Statistical return of the lunatic asylum in Assam - 1912-1932
Year: 1912
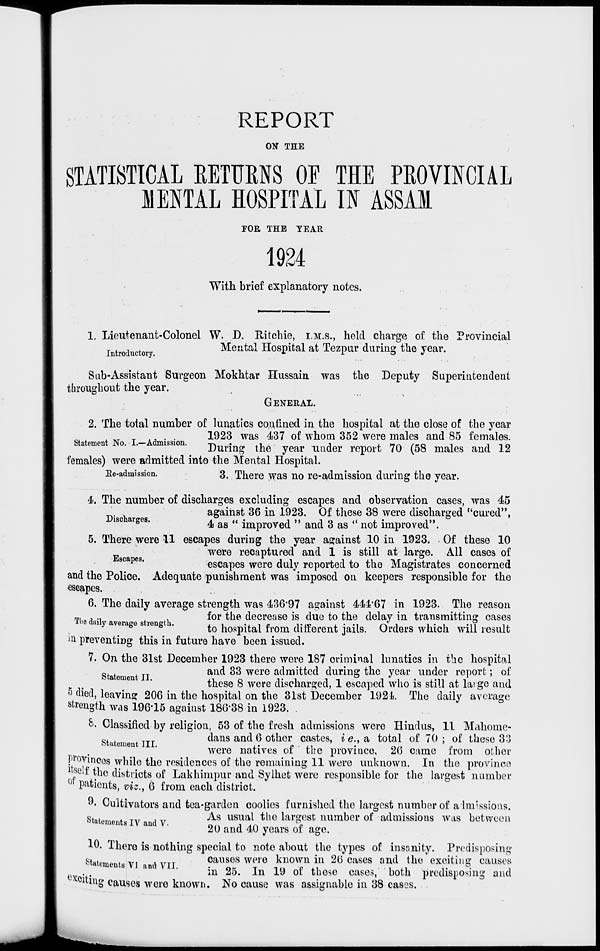
REPORT
ON THE
STATISTICAL KETURNS OF THE PROVINCIAL
1ENTAL HOSPITAL W ASSAM
FOR THE TEAR
1924
With brief explanatory notes.
1. Lieutenant-Colonel W. D. Eitchie, I.M.S., held charge of the Provincial
x . , t
Mental Hospital at Tezpur during the year.
Sub-Assistant Surgeon Mokhtar Hussain was the Deputy Superintendent
throughout the year.
GENERAL.
2. The total number of lunatics confined in the hospital at the close of the year
_ , . .
1923 was 437 of whom 352 were males and 85 females.
Statement No. L-Atosion. ^
p^..^ ^ ^ .^^ ^^ ?Q (fi8 maleg and ^
females) were admitted into the Mental Hospital.
Re-admission.
3, There was no re-admission during the year.
4. The number of discharges excluding escapes and observation cases, was 45
_
against 36 in 1923. Of these 38 were discharged ''cured",
Discharges.
^ ag „ improVed » ftnd 3 as «« not i m p r0 ved".
5. There were 11 escapes during the year against 10 in 1923. Of these 10
were recaptured and 1 is still at large. All cases of
scapes '
escapes were duly reported to the Magistrates concerned
and the Police. Adequate punishment was imposed on keepers responsible for the
escapes.
.
6. The daily average strength was 436*97 against 444*67 in 1923. The reason
T1)ed
for the decrease is due to the delay in transmitting cases
aiy average s rengt .
^o hospital from different jails. Orders which will result
*n preventing this in future have been issued.
7. On the 31st December 1923 there were 187 criminal lunatics in the hospital
g
and 33 were admitted during the year under report; of
these 8 were discharged, 1 escaped who is still at large and
6 died, leaving 206 in the hospital on the 31st December 1924. The daily average
strength was 196*15 against 180*38 in 1923. .
k. Classified by religion, 53 of the fresh admissions were Hindus, 11 Mahome-
c ,
TTT
dans and 6 other castes, i e., a total of 70 ; of these 33
statement III.
,.
«.. J.
•
«,, n
£
,,
were natives or the province, 20 came Irom other
Provinces while the residences of the remaining 11 were unknown. In the province
*welf the districts of Lakhimpur and Sylhet were responsible for the largest number
0 patients, viz., 6 from each district.
9. Cultivators and tea-garden coolies furnished the largest number of admissions.
stn+„™ t TTr T-rr
As usual the largest number of admissions was between
statements IV and V.
n/v
n . A
%
20 and 40 years ot age.
10. There is nothing special to note about the types of insanity. Predisposing
Statement vi A VTT
causes were known in 26 cases and the exciting causes
,
in 25. In 19 of these cases, both predisposing and
citing causes were known. No cause was assignable in 38 cases.